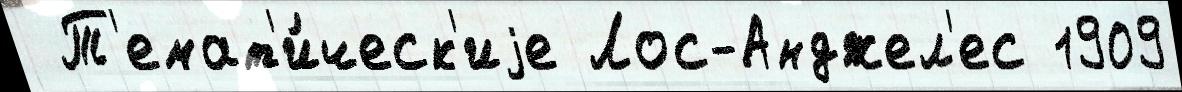
 Т'емат'и́ческ'иjе Лос-Анджел'ес 1909